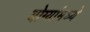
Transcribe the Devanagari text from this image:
योग्यांमध्ये